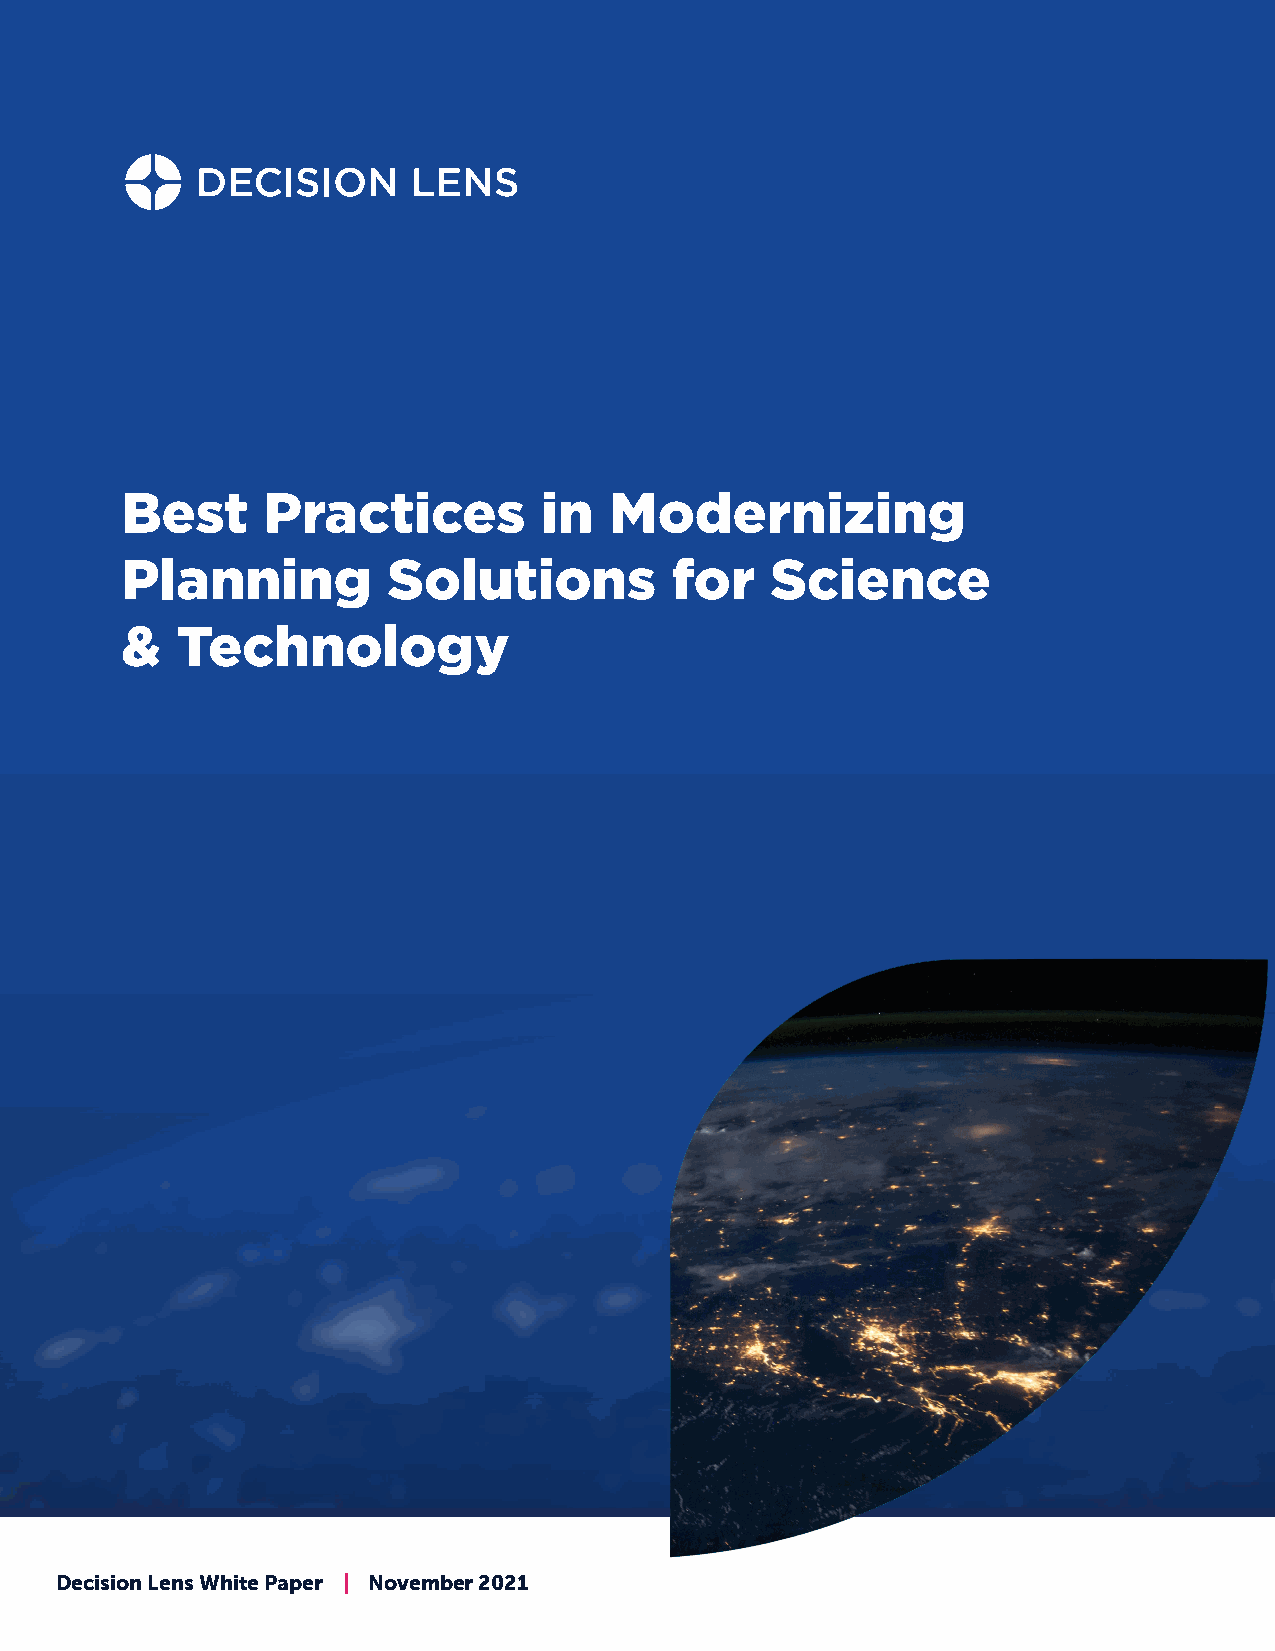
Best     Practices          in  Modernizing
 Planning          Solutions         for    Science
 &   Technology
 Decision Lens White Paper | November 2021